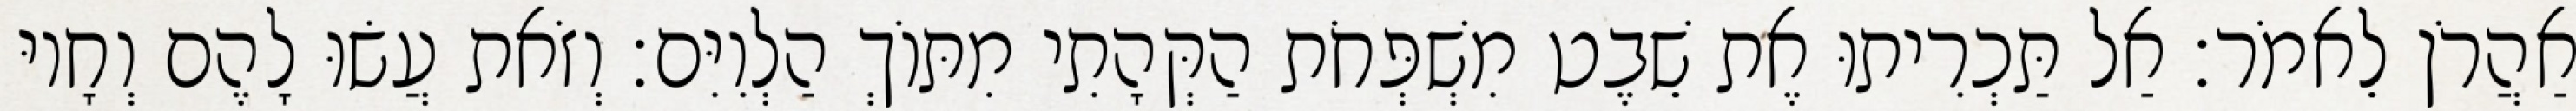
אַהֲרֹן לֵאמֹר׃ אַל תַּכְרִיתוּ אֶת שֵׁבֶט מִשְׁפְּחֹת הַקְּהָתִי מִתּוֹךְ הַלְוִיִּם׃ וְזֹאת עֲשׂוּ לָהֶם וְחָיוּ